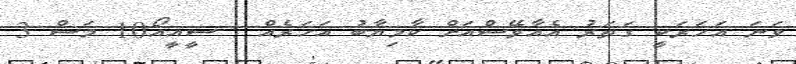
ވަނަ އަހަރަކީ ގަތަރު އެއާވޭސްއަށް ކާމިޔާބު އަހަރެއް : ސީއީއޯ10 މަސް 3